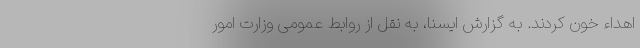
اهداء خون کردند. به گزارش ایسنا، به نقل از روابط عمومی وزارت امور